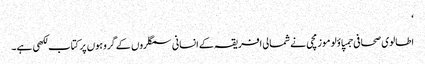
‘
اطالوی صحافی جمپاؤلو موزمچی نے شمالی افریقہ کے انسانی سمگلروں کے گروہوں پر کتاب لکھی ہے۔